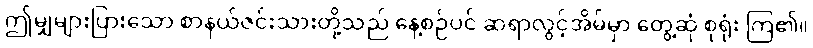
ဤမျှများပြားသော စာနယ်ဇင်းသားတို့သည် နေ့စဉ်ပင် ဆရာလွင့်အိမ်မှာ တွေ့ဆုံ စုရုံး ကြ၏။